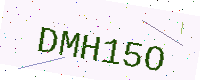
Text: DMH15O